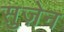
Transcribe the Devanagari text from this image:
सुज़ेन